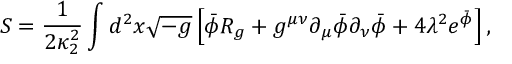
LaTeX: S = { \frac { 1 } { 2 \kappa _ { 2 } ^ { 2 } } } \int d ^ { 2 } x \sqrt { - g } \left[ \bar { \phi } { \cal R } _ { g } + g ^ { \mu \nu } \partial _ { \mu } \bar { \phi } \partial _ { \nu } \bar { \phi } + 4 \lambda ^ { 2 } e ^ { \bar { \phi } } \right] ,